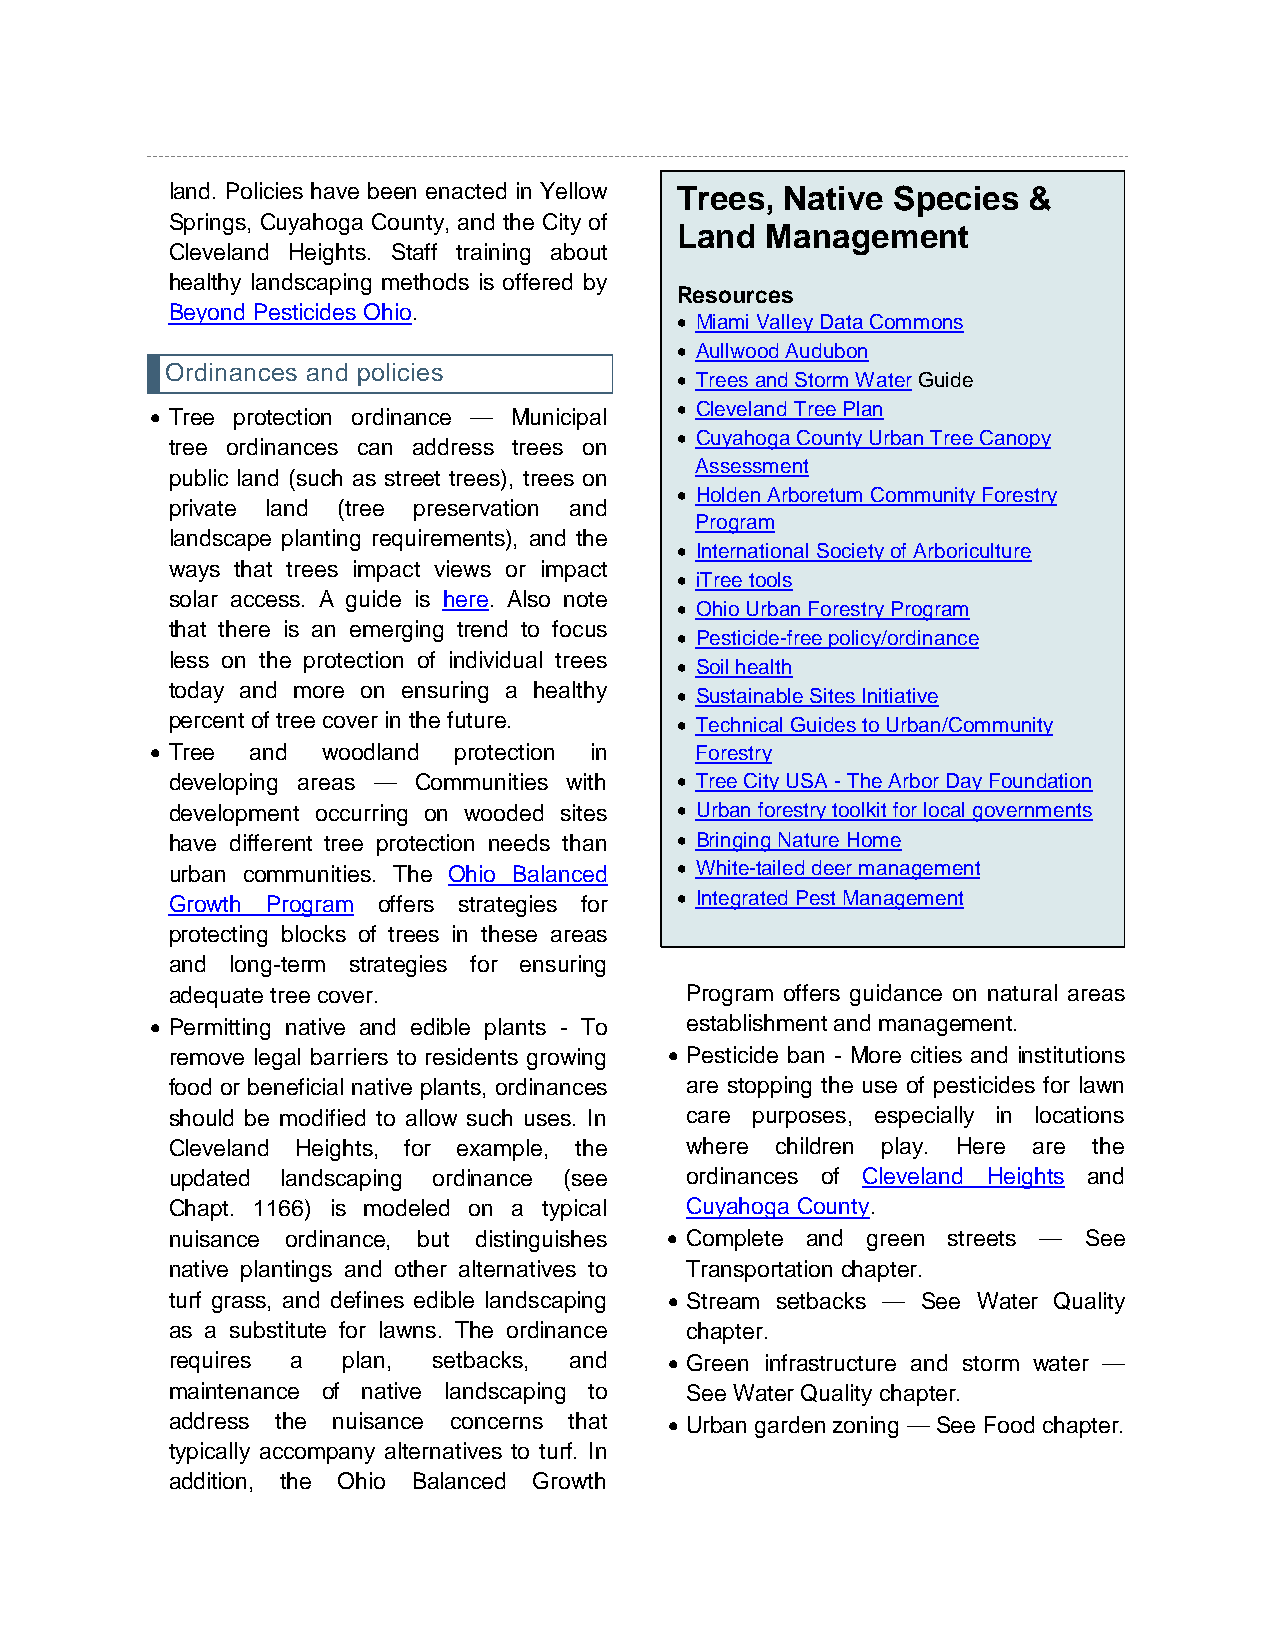
land. Policies have been enacted in Yellow Trees, Native Species &
 Springs, Cuyahoga County, and the City of
 Land  Management
 Cleveland Heights. Staff training about
 healthy landscaping methods is offered by
 Resources
 Beyond Pesticides Ohio.
 • Miami Valley Data Commons
 • Aullwood Audubon
 Ordinances and policies
 • Trees and Storm Water Guide
 • Tree protection ordinance — Municipal • Cleveland Tree Plan
 • Cuyahoga County Urban Tree Canopy
 tree ordinances can address trees on
 Assessment
 public land (such as street trees), trees on
 • Holden Arboretum Community Forestry
 private land (tree preservation and
 Program
 landscape planting requirements), and the
 • International Society of Arboriculture
 ways that trees impact views or impact
 • iTree tools
 solar access. A guide is here. Also note
 • Ohio Urban Forestry Program
 that there is an emerging trend to focus
 • Pesticide-free policy/ordinance
 less on the protection of individual trees • Soil health
 today and more on ensuring a healthy • Sustainable Sites Initiative
 percent of tree cover in the future. • Technical Guides to Urban/Community
 • Tree and woodland protection in   Forestry
 developing areas — Communities with • Tree City USA - The Arbor Day Foundation
 development occurring on wooded sites • Urban forestry toolkit for local governments
 have different tree protection needs than • Bringing Nature Home
 urban communities. The Ohio Balanced • White-tailed deer management
 Growth Program offers strategies for • Integrated Pest Management
 protecting blocks of trees in these areas
 and long-term strategies for ensuring
 adequate tree cover.              Program offers guidance on natural areas
 • Permitting native and edible plants - To establishment and management.
 remove legal barriers to residents growing • Pesticide ban - More cities and institutions
 food or beneficial native plants, ordinances are stopping the use of pesticides for lawn
 should be modified to allow such uses. In care purposes, especially in locations
 Cleveland Heights, for example, the where children play. Here are the
 updated landscaping ordinance (see ordinances of Cleveland Heights and
 Chapt. 1166) is modeled on a typical Cuyahoga County.
 nuisance ordinance, but distinguishes • Complete and green streets — See
 native plantings and other alternatives to Transportation chapter.
 turf grass, and defines edible landscaping • Stream setbacks — See Water Quality
 as a substitute for lawns. The ordinance chapter.
 requires a  plan, setbacks, and  • Green infrastructure and storm water —
 maintenance of native landscaping to See Water Quality chapter.
 address the nuisance concerns that • Urban garden zoning — See Food chapter.
 typically accompany alternatives to turf. In
 addition, the Ohio Balanced Growth